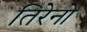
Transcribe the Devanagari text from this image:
तिरेनो